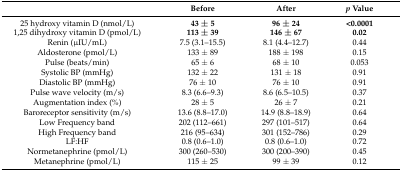
<table><thead><tr><td></td><td><b>Before</b></td><td><b>After</b></td><td><b><i>p</i> Value</b></td></tr></thead><tbody><tr><td>25 hydroxy vitamin D (nmol/L)</td><td><b>43</b><b>± 5</b></td><td><b>96</b><b>± 24</b></td><td><b>&lt;0.0001</b></td></tr><tr><td>1,25 dihydroxy vitamin D (pmol/L)</td><td><b>113</b><b>± 39</b></td><td><b>146</b><b>± 67</b></td><td><b>0.02</b></td></tr><tr><td>Renin (μIU/mL)</td><td>7.5 (3.1–15.5)</td><td>8.1 (4.4–12.7)</td><td>0.44</td></tr><tr><td>Aldosterone (pmol/L)</td><td>133 ± 89</td><td>188 ± 198</td><td>0.15</td></tr><tr><td>Pulse (beats/min)</td><td>65 ± 6</td><td>68 ± 10</td><td>0.053</td></tr><tr><td>Systolic BP (mmHg)</td><td>132 ± 22</td><td>131 ± 18</td><td>0.91</td></tr><tr><td>Diastolic BP (mmHg)</td><td>76 ± 10</td><td>76 ± 10</td><td>0.91</td></tr><tr><td>Pulse wave velocity (m/s)</td><td>8.3 (6.6–9.3)</td><td>8.6 (6.5–10.5)</td><td>0.37</td></tr><tr><td>Augmentation index (%)</td><td>28 ± 5</td><td>26 ± 7</td><td>0.21</td></tr><tr><td>Baroreceptor sensitivity (m/s)</td><td>13.6 (8.8–17.0)</td><td>14.9 (8.8–18.9)</td><td>0.64</td></tr><tr><td>Low Frequency band</td><td>202 (112–661)</td><td>297 (101–517)</td><td>0.64</td></tr><tr><td>High Frequency band</td><td>216 (95–634)</td><td>301 (152–786)</td><td>0.29</td></tr><tr><td>LF:HF</td><td>0.8 (0.6–1.0)</td><td>0.8 (0.6–1.0)</td><td>0.72</td></tr><tr><td>Normetanephrine (pmol/L)</td><td>300 (260–530)</td><td>300 (200–390)</td><td>0.45</td></tr><tr><td>Metanephrine (pmol/L)</td><td>115 ± 25</td><td>99 ± 39</td><td>0.12</td></tr></tbody></table>